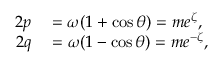
\begin{array} { r l } { 2 p } & { { } = \omega ( 1 + \cos \theta ) = m e ^ { \zeta } , \quad } \\ { 2 q } & { { } = \omega ( 1 - \cos \theta ) = m e ^ { - \zeta } , } \end{array}